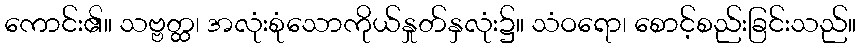
ကောင်း၏။ သဗ္ဗတ္ထ၊ အလုံးစုံသောကိုယ်နှုတ်နှလုံး၌။ သံဝရော၊ စောင့်စည်းခြင်းသည်။